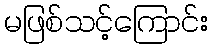
မဖြစ်သင့်ကြောင်း